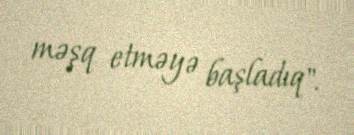
məşq etməyə başladıq".